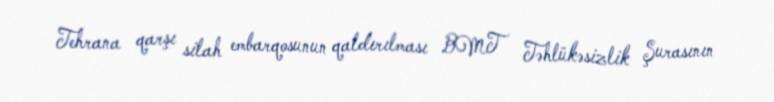
Tehrana qarşı silah embarqosunun qaldırılması BMT Təhlükəsizlik Şurasının